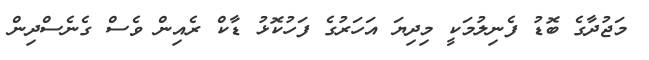
މަޖުދާގެ ބޮޑު ފެނިލުމަކީ މިދިޔަ އަހަރުގެ ފަހުކޮޅު ޑާކް ރެއިން ވެސް ގެނެސްދިން